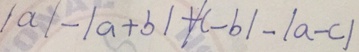
\vert a \vert - \vert a + b \vert + \vert c - b \vert - \vert a - c \vert